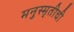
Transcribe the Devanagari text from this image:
मनुस्मृतीची